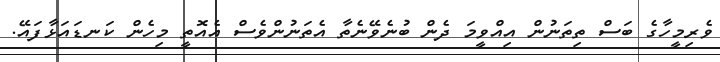
ވެރިމީހާގެ ބަސް ތިތަނުން އިއްވީމަ ދެން ބުނެވޭނެތާ އެތަނުންވެސް އެއޮތީ މިހެން ކަނޑައަޅާފައޭ.